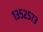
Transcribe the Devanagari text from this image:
१३५२५७३